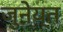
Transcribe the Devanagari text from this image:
जुनेय्त